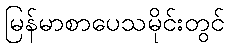
မြန်မာစာပေသမိုင်းတွင်